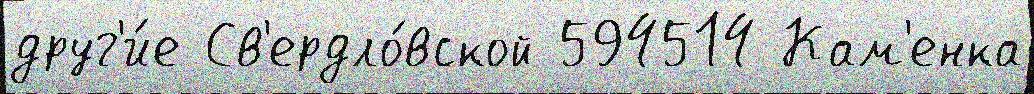
друг'и́е Св'ердло́вской 594514 Кам'енка